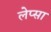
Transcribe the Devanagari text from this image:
लेप्सा